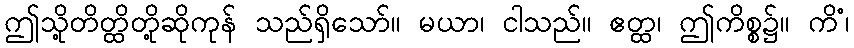
ဤသို့တိတ္ထိတို့ဆိုကုန် သည်ရှိသော်။ မယာ၊ ငါသည်။ ဧတ္ထ၊ ဤကိစ္စ၌။ ကိံ၊